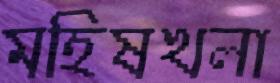
মহিষখলা